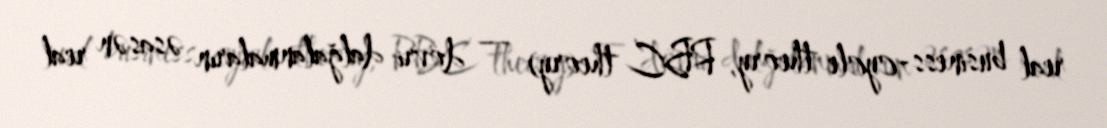
real business-cycle theory, RBC theory) — dövri dalğalanmaların əsasən real